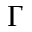
\Gamma